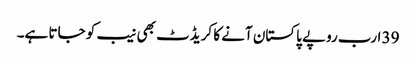
39 ارب روپے پاکستان آنے کا کریڈٹ بھی نیب کو جاتا ہے۔